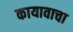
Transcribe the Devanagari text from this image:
कायावाचा